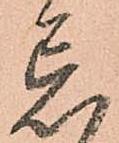
忘